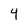
Character: 4